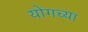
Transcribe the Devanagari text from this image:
योगच्या